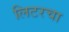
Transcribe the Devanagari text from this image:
लिटरचा